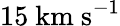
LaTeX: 15~\mathrm{km~s}^{-1}